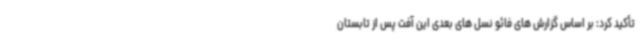
تأکید کرد: بر اساس گزارش های فائو نسل های بعدی این آفت پس از تابستان